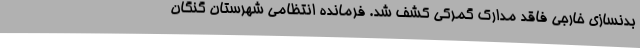
بدنسازی خارجی فاقد مدارک گمرکی کشف شد. فرمانده انتظامی شهرستان گنگان